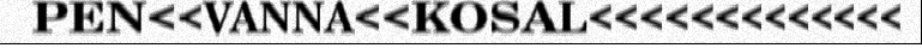
PEN<<VANNA<<KOSAL<<<<<<<<<<<<<